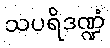
သပရိဒဏ္ဍံ